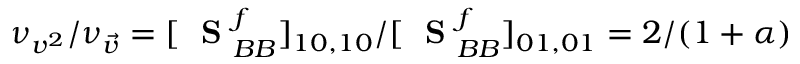
\nu _ { v ^ { 2 } } / \nu _ { \vec { v } } = [ \mathrm { ~ \bf ~ S ~ } _ { B B } ^ { f } ] _ { 1 0 , 1 0 } / [ \mathrm { ~ \bf ~ S ~ } _ { B B } ^ { f } ] _ { 0 1 , 0 1 } = 2 / ( 1 + \alpha )